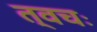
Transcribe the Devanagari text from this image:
त्वचः